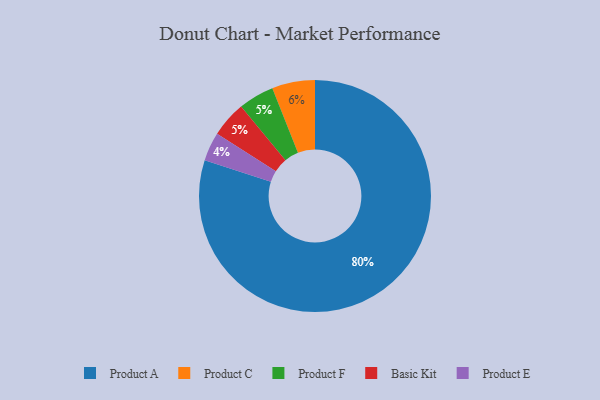
{"axis": {"x": "Category", "y": "Percentage"}, "legend": ["Basic Kit", "Product A", "Product C", "Product E", "Product F"], "data": [{"x": "Product A", "y": 80, "type": "Product A"}, {"x": "Product F", "y": 5, "type": "Product F"}, {"x": "Product E", "y": 4, "type": "Product E"}, {"x": "Basic Kit", "y": 5, "type": "Basic Kit"}, {"x": "Product C", "y": 6, "type": "Product C"}]}